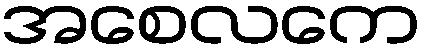
အစေလကေ